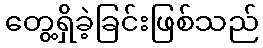
တွေ့ရှိခဲ့ခြင်းဖြစ်သည်